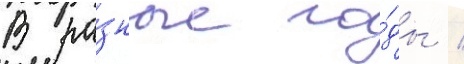
В ра́зные го́ды /